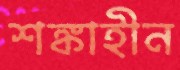
শঙ্কাহীন